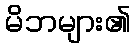
မိဘများ၏